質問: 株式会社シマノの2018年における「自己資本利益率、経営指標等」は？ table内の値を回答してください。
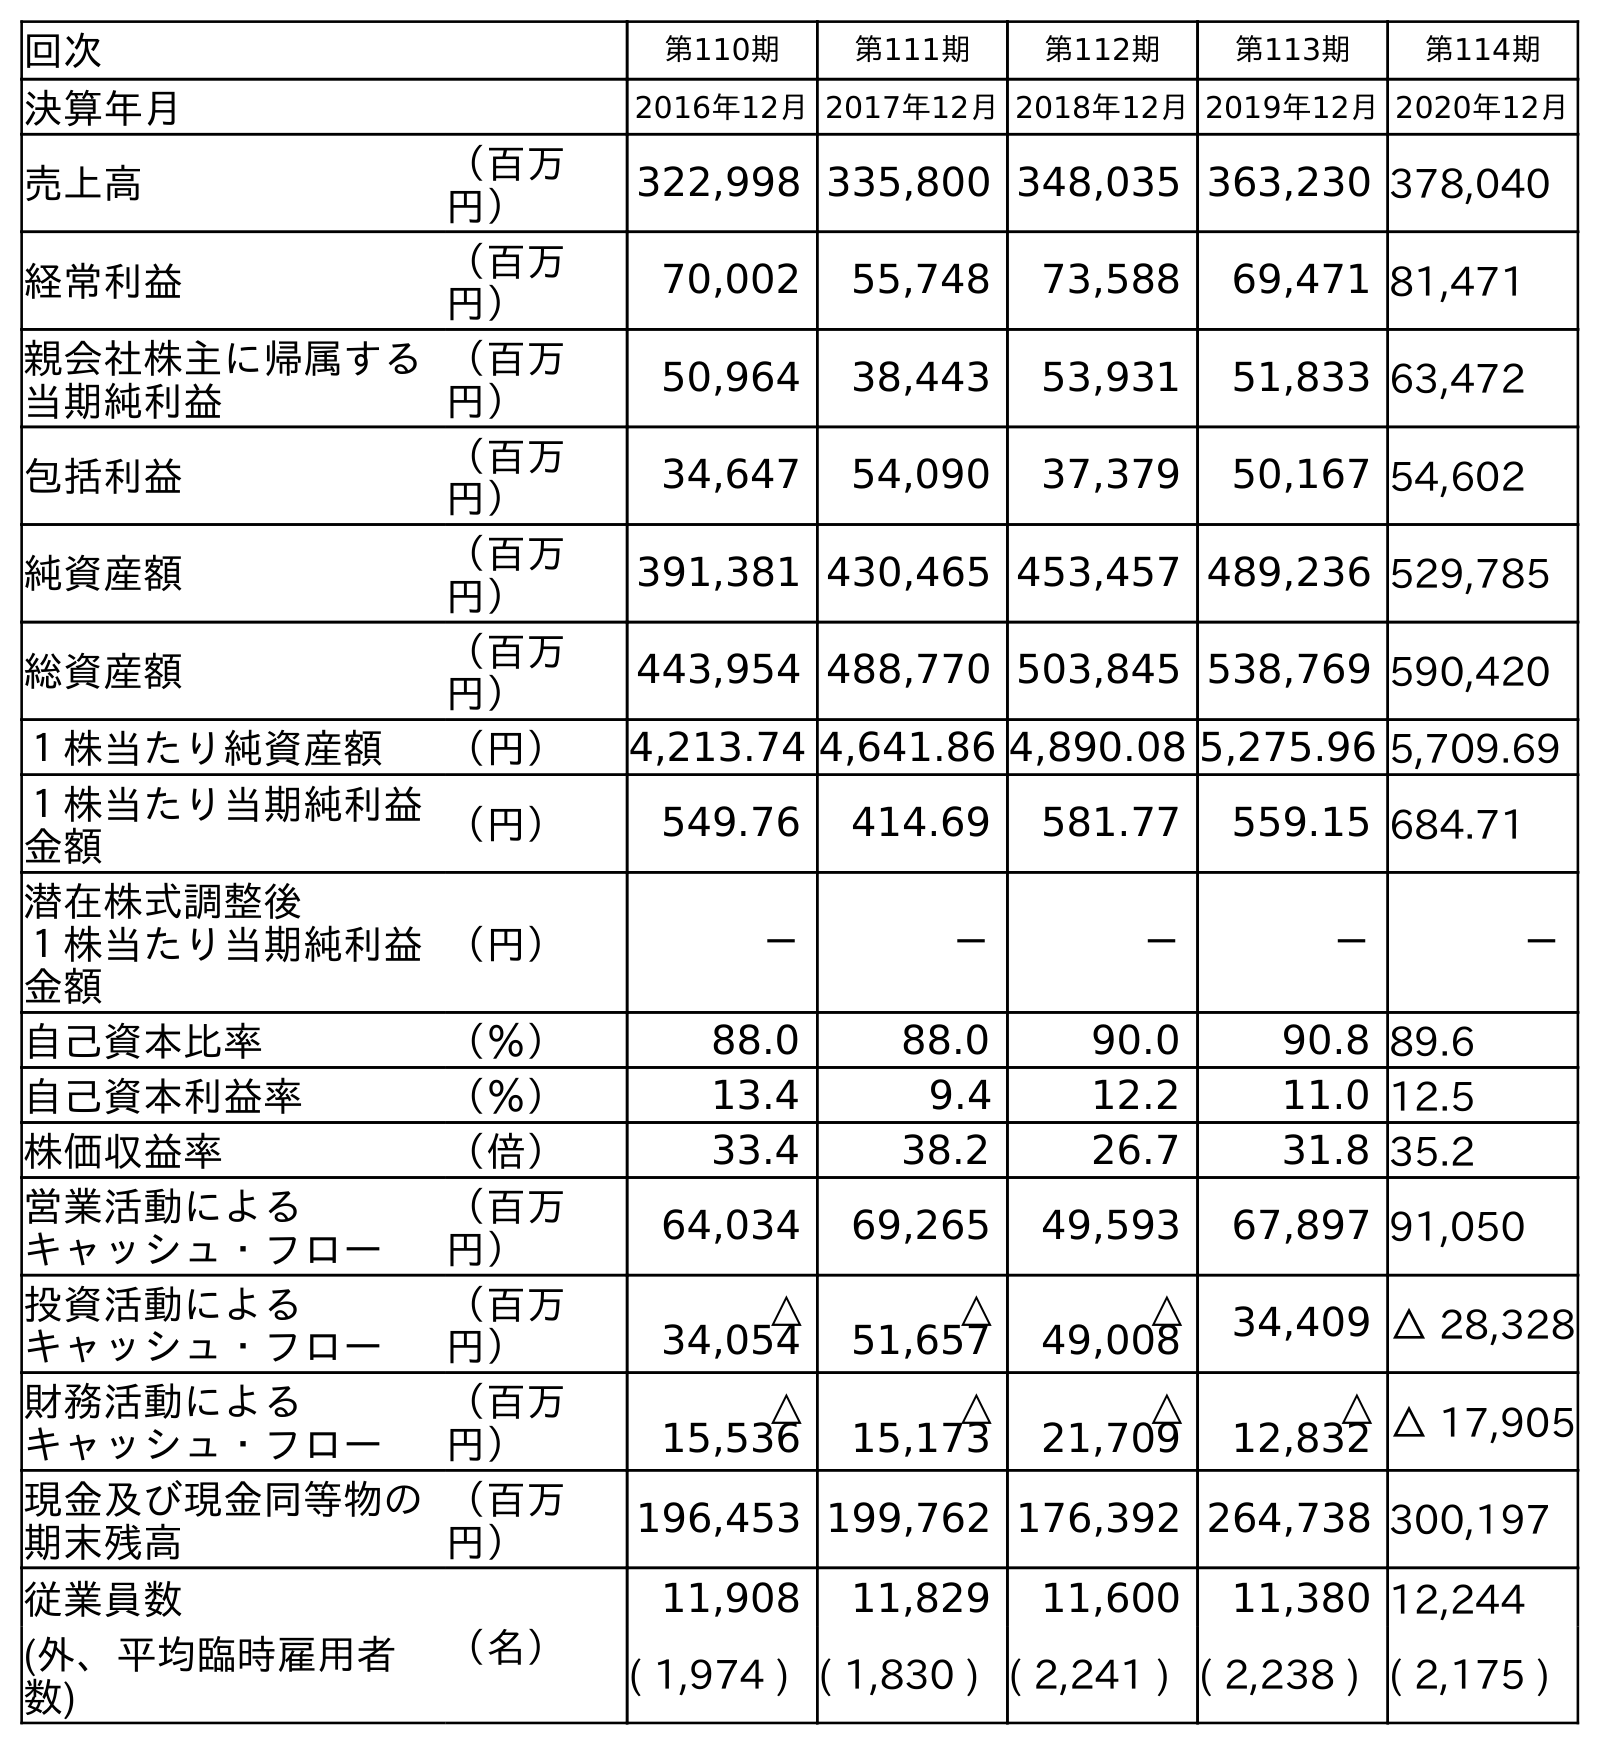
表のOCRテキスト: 回次 第110期 第111期 第112期 第113期 第114期 決算年月 2016年12月2017年12月2018年12月2019年12月2020年12月 売上高 （百万 円） 322,998 335,800 348,035 363,230 378,040 経常利益 （百万 円） 70,002 55,748 73,588 69,471 81,471 親会社株主に帰属する 当期純利益 （百万 円） 50,964 38,443 53,931 51,833 63,472 包括利益 （百万 円） 34,647 54,090 37,379 50,167 54,602 純資産額 （百万 円） 391,381 430,465 453,457 489,236 529,785 総資産額 （百万 円） 443,954 488,770 503,845 538,769 590,420 １株当たり純資産額 （円） 4,213.74 4,641.86 4,890.08 5,275.96 5,709.69 １株当たり当期純利益 金額 （円） 549.76 414.69 581.77 559.15 684.71 潜在株式調整後 １株当たり当期純利益 金額 （円） － － － － － 自己資本比率 （％） 88.0 88.0 90.0 90.8 89.6 自己資本利益率 （％） 13.4 9.4 12.2 11.0 12.5 株価収益率 （倍） 33.4 38.2 26.7 31.8 35.2 営業活動による キャッシュ・フロー （百万 円） 64,034 69,265 49,593 67,897 91,050 投資活動による キャッシュ・フロー （百万 円） △ 34,054 △ 51,657 △ 49,008 34,409 △ 28,328 財務活動による キャッシュ・フロー （百万 円） △ 15,536 △ 15,173 △ 21,709 △ 12,832 △ 17,905 現金及び現金同等物の 期末残高 （百万 円） 196,453 199,762 176,392 264,738 300,197 従業員数 （名） 11,908 11,829 11,600 11,380 12,244 (外、平均臨時雇用者 数) ( 1,974 ) ( 1,830 ) ( 2,241 ) ( 2,238 ) ( 2,175 )
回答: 12.2